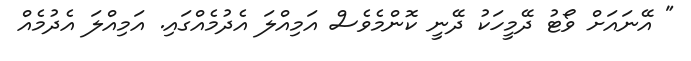
" އޭނައަށް ވޯޓު ދޭމީހަކު ދޭނީ ކޮންމެވެސް އަމިއްލަ އެދުމެއްގައި. އަމިއްލަ އެދުމެއް